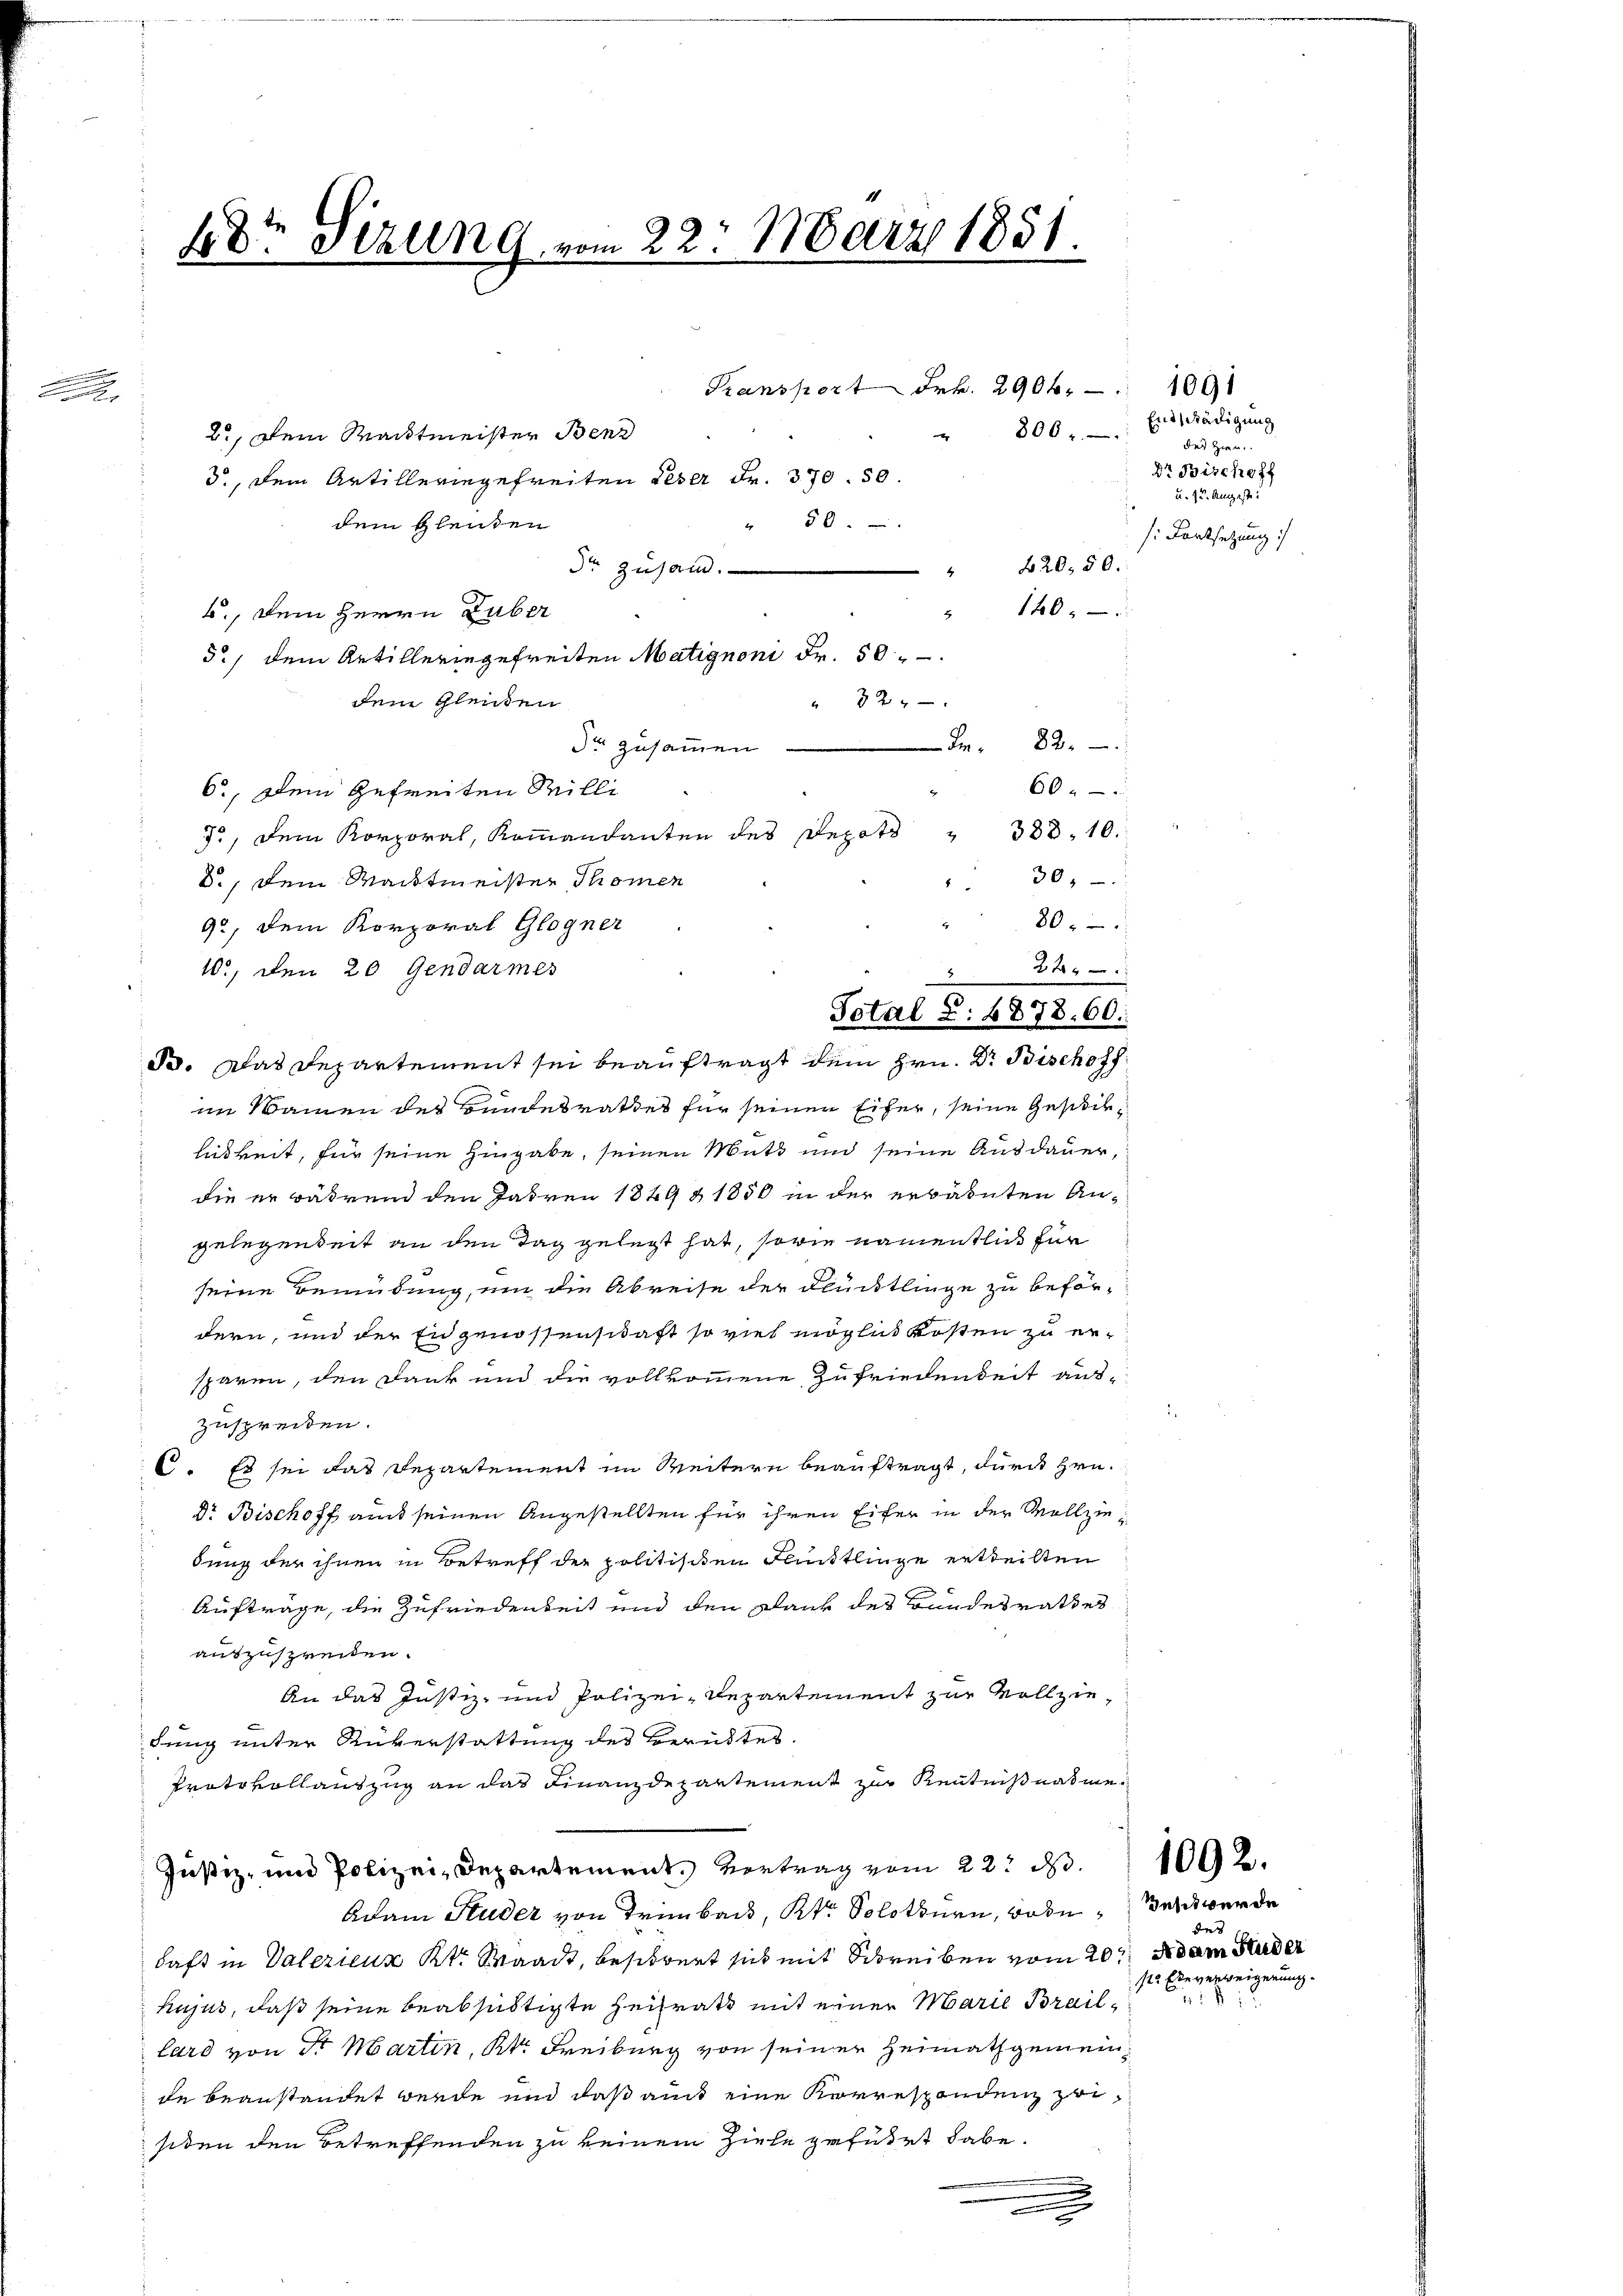
48 Stzung vom 22. März 1851.

2., Dein Wacktmeister Benz
3., dem Artilleringefreiten Leser Fr. 370. 50.
dem Gleiden
dr zusam.
5., dem Artilleringefreiten Matignoni Fr. 50
6., Dein gefreiten Milli
7, dem K. Kanten des Depot " 388. 10.
30,
8., Dein Waidtmeister Thomen
80.
92, dem Korporal Glogner
10., den 20 Gendarmer
da. Das Departement sei beauftragt dem Hrn. Dr. Bischoff
im Namen des Bundesrathes für seinen Eifer, seine Geschiklikeit, für seine Hingabe, seinen Mutz und seine Ausdauer,
die er während den Jahren 1849 & 1850 in der erbärnten An-
gelegenheit an den Tag gelegt hat, sowie namentlich für
seine Bemüdung, um die Abreise der Flüchtlinge zu befördern, und der Engenossenschaft so viel möglich Kosten zu ersparen, den Dank und die vollkommene Zufriedenheit aus-
zusprechten.
C. Es sei das Departement im Weitern beauftragt, durch Hrn.
Dr. Bischoff auch seinen Angestellten für ihren Eifer in der Vollziebung der ihnen in Betreff der politischen Faustlinge ertheilten
Aufträge, die Zufriedenheit und den Dank des Bundesrathes
auszuspreiden.
An das Justiz- und Polizei-Departement zur Vollziedung unter Rükerstattung des Berüktes.
Protokollauszug an das Finanzdepartement zur Kenntnißnahme¬
Justiz- und Polizei, Departement. Vertrag vom 22. d.
Adam Huder von Trimbach, Kt. Solothurn, wobei Beschwerde
haft in Vaterieur Kt. Waadt, besitzert sich mit Schreiben vom 20t Adam Fuder
hujus, daß seine beabsichtigte Heirats mit einer Marie Braillard von Sr Martin, Kt. Freiburg von seiner Heimathgemeinde beanstandet werde und daß auch eine Korrespondenz zu
siden den Betreffenden zu keinem Ziehe geführt habe.
2
e

b., dem Herrn Guber
dem Gleichen

Kansport Frk. 2906. 1091
806
x
56
420. 50.
4
1400
3 24
I 82.
dr zusammen
60 f 0 x

2 40 x
Total S. 1878. 60.

Endsnädigung
des Zier.
Dr Bischoff
u. 1 u. Angeste!
s: Fortsetzung

1092.

des
st. Ebeverweigerung